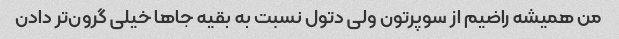
من همیشه راضیم از سوپرتون ولی‌ دتول نسبت به بقیه جاها خیلی گرون‌تر دادن